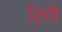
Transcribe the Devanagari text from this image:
टिगी